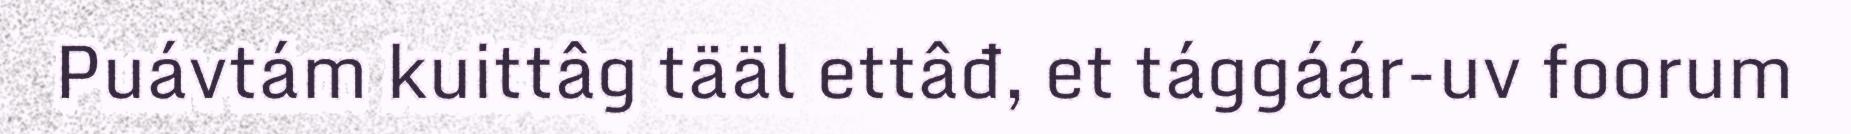
Puávtám kuittâg tääl ettâđ, et tággáár-uv foorum